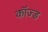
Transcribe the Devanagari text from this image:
कॉज्ड